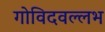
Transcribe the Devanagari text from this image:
गोविदवल्लभ